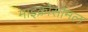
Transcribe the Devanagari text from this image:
माइक्रोसोमल